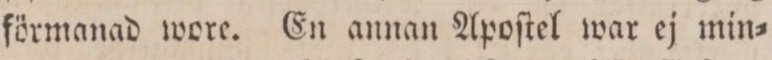
förmanad wore. En annan Apoſtel war ej min=